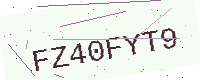
Text: FZ40FYT9